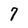
Character: 7